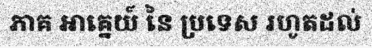
ភាគ អាគ្នេយ៍ នៃ ប្រទេស រហូតដល់